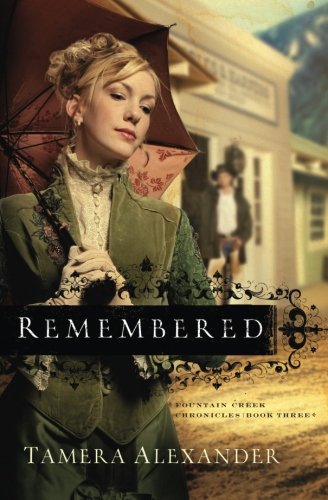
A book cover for Remembered (Fountain Creek Chronicles, Book 3) (Volume 3); Tamera Alexander; Romance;